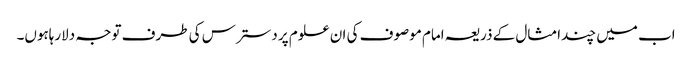
اب میں چندامثال کے ذریعہ امام موصوف کی ان علوم پر دسترس کی طرف توجہ دلارہاہوں۔